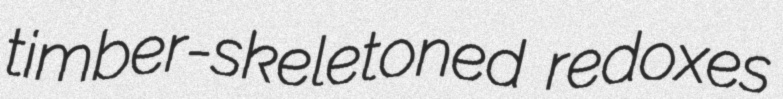
timber-skeletoned redoxes